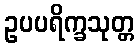
ဥပပရိက္ခသုတ္တ